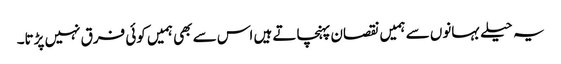
یہ حیلے بہانوں سے ہمیں نقصان پہنچاتے ہیں اس سے بھی ہمیں کوئی فرق نہیں پڑتا۔